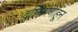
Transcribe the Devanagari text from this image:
दृष्टिकोणाहून